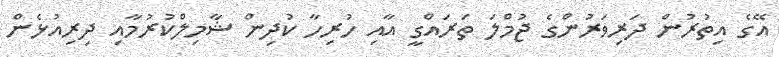
އޭގެ އިތުރުން ދަރިވަރުންގެ ޖުމްލަ ތަރައްގީ އާއި ހުރިހާ ކުދިން ޝާމިލްކުރުމާއި ދިރިއުޅެން